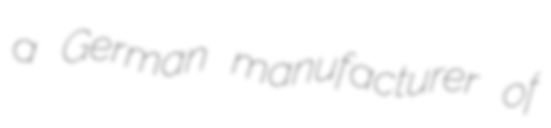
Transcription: a German manufacturer of